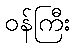
ဝန်ကြီး